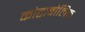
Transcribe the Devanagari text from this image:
कोटाबोलिक